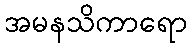
အမနသိကာရော